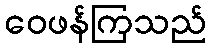
ဝေဖန်ကြသည်